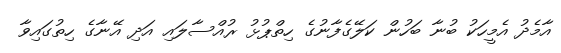
އާމެދު އެމީހަކު ބުނާ ބަހުން ކަލޭގެފާނުގެ ހިތްޕުޅު ރުއްސާލައި އަދި އޭނާގެ ހިތުގައިވާ